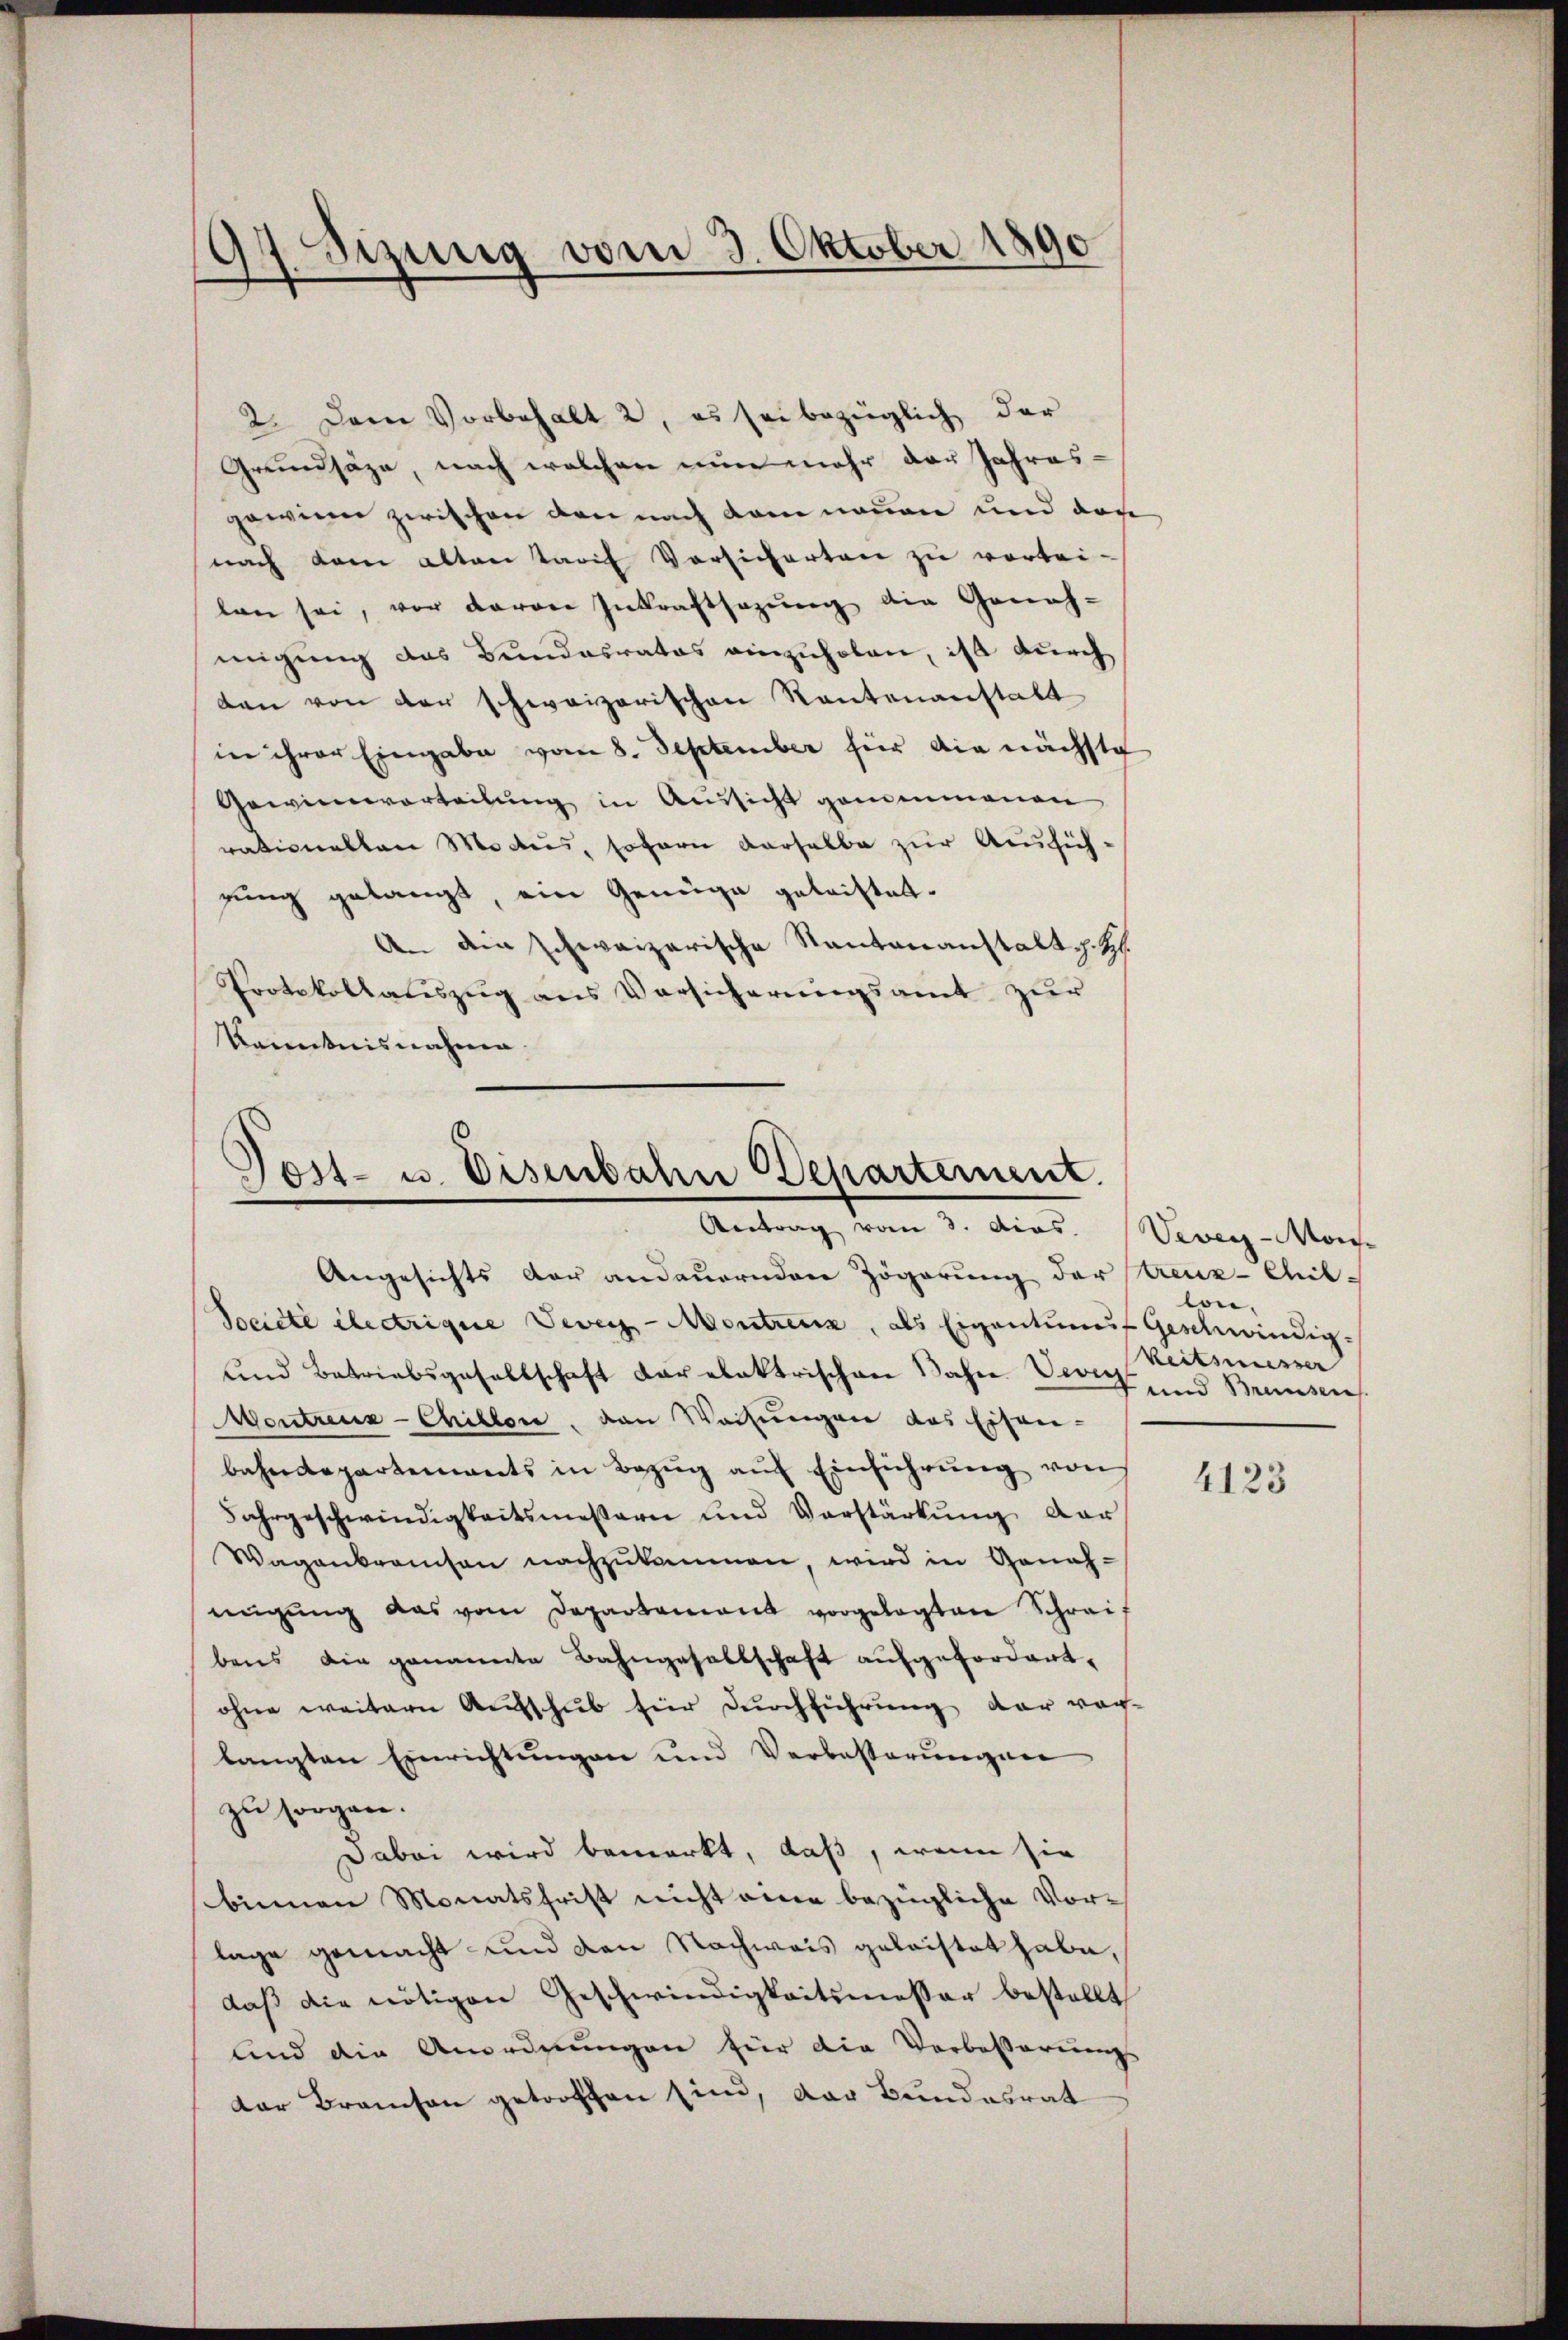
Sizung vom 3. Oktober 1890
d

2. Dem Vorbehalt 2, es sei bezüglich der
Grundsäze, nach welcher nun mehr der Jahres-
gewinn zwischen den nach kam neuen und das
nach dem alten Tarif Vorsicherten zu vortei-
lan sei, vor davon Inkraftsagung die Geneh-
migung das Bundesrates einzuholen, ist durch
dan von der schweizerischen Rautenanstalt
in ihrer Eingabe vom 8. September für die nächste
Gewinnvorteilung in Aussicht genommenen
rationalten Modus, sofern derselbe zur Aussichgung gelangt, ein Genüge geleistet.
An die schweizerische Kantonanstalt s. Z.
Protokollaŭszŭg ans Versicherŭngsamt zŭr
kanntnisnahme.

Jost- u. Eisenbahn Departement.
Antrag vom 3. dies. (Veveyz-Mor

Angesichts der andauernden Zögerung der Kreuz-Chil-
Société électrigue Vevey-Montreux, als Eigentums Geschwindig¬
und Betriebsgesellschaft Karabaktrischen Jahre Zürich und Brunsere
Montreuz-Chillen, von Weisŭngen das Eisen-
bahndepartements in Bezŭg aŭf Einführŭng von
Jahrgeschwindigkeitsmesserne und Verstärkung dar
Wagenkramson nachzukommen, wird in Geneh-
nŭgŭng das vom Departamant vorgelegten Schreif
bens die genannte Bahngesellschaft aufgefordert,
ohne weitern Aufschub für Durchführung der vor-
langten Einrichtŭngen und Verbesserŭngen
zu sorgen.
Dabei wird bemerkt, daß, wenn sie
binnen Monatsfrist nicht eine bezügliche Vorlage gemacht und den Nachweis geleistet habe,
daß die nötigen Geschwindigkeitsmesser bestellt
und die Anordnungen für die Vorbesserungs-
der Branchen getroffen sind, der Bundesrat

lon.
Reitsmesser

4123